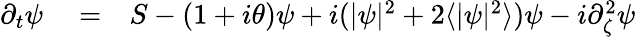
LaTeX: \begin{array}{rlr}{\partial_{t}\psi}&{{}=}&{S-(1+i\theta)\psi+i(|\psi|^{2}+2\langle|\psi|^{2}\rangle)\psi-i\partial_{\zeta}^{2}\psi}\end{array}